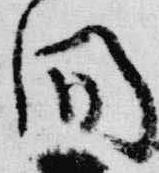
間